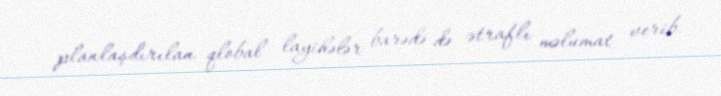
planlaşdırılan qlobal layihələr barədə də ətraflı məlumat verib.